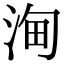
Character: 𣵦